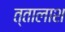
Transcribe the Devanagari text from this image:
त्तालाश